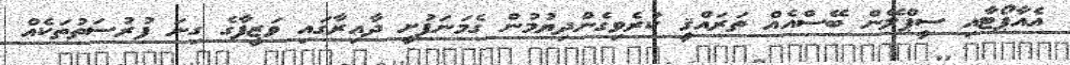
އެއާޕޯޓާއި ސީޕްލޭން ބޭސްއެއް ތަރައްޤީ ކުރެވިގެންދިޔުމުން ގެމަނަފުށީ ދާއިރާގައި ވަޒީފާގެ ގިނަ ފުރުސަތުތަކެއް